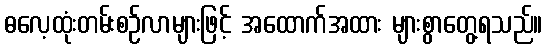
ဓလေ့ထုံးတမ်းစဉ်လာများဖြင့် အထောက်အထား များစွာတွေ့ရသည်။